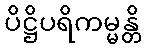
ပိဋ္ဌိပရိကမ္မန္တိ